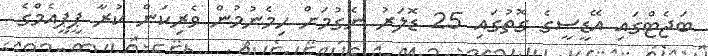
ބަޖެޓްގައި އޭޑީސީގެ ގޮތުގައި 25 ޑޮލަރު ނެގުމަށް ހިމެނުމުން ވެރިކަން ކުރާ ޕީޕީއެމްގެ